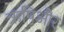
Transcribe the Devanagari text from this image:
ऋषिऔर